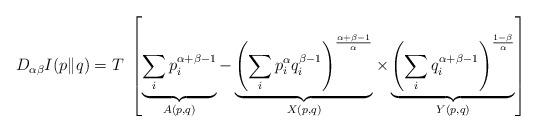
LaTeX: \begin{align*}D_{\alpha\beta}I(p\|q)=T\;\left[\underbrace{\sum_{i}p^{\alpha+\beta-1}_{i}}_{A(p,q)}-\underbrace{\left(\sum_{i}p^{\alpha}_{i}q^{\beta-1}_{i}\right)^{\frac{\alpha+\beta-1}{\alpha}}}_{X(p,q)}\times\underbrace{\left(\sum_{i}q^{\alpha+\beta-1}_{i}\right)^{\frac{1-\beta}{\alpha}}}_{Y(p,q)}\right]\end{align*}